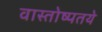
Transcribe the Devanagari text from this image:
वास्तोष्पतये